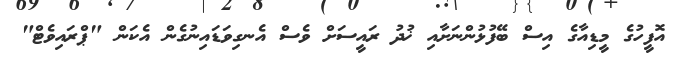
އޮފީހުގެ މީޑިއާގެ އިސް ބޭފުޅުންނަށާއި ޚުދު ރައީސަށް ވެސް އެނގިވަޑައިނުގެން އެކަން "ޕްރައިވެޓް"